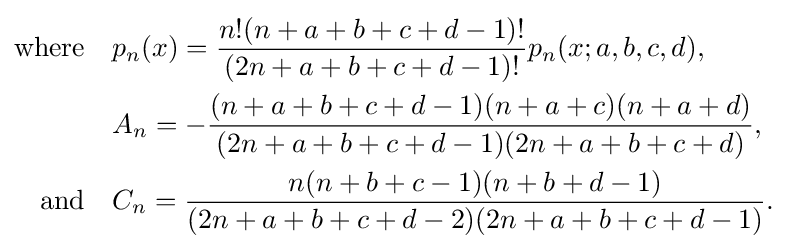
{\begin{aligned}{\text{where}}\quad &p_{n}(x)={\frac {n!(n+a+b+c+d-1)!}{(2n+a+b+c+d-1)!}}p_{n}(x;a,b,c,d),\\&A_{n}=-{\frac {(n+a+b+c+d-1)(n+a+c)(n+a+d)}{(2n+a+b+c+d-1)(2n+a+b+c+d)}},\\{\text{and}}\quad &C_{n}={\frac {n(n+b+c-1)(n+b+d-1)}{(2n+a+b+c+d-2)(2n+a+b+c+d-1)}}.\end{aligned}}